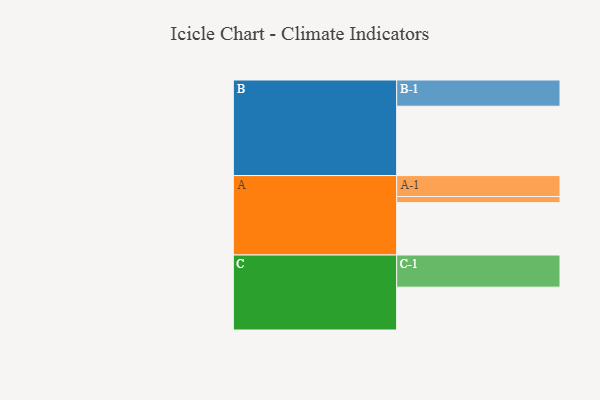
{"axis": {"x": "Segment", "y": "Value"}, "legend": ["", "A", "B", "C"], "data": [{"x": "A", "y": 425, "type": ""}, {"x": "B", "y": 563, "type": ""}, {"x": "C", "y": 348, "type": ""}, {"x": "A-1", "y": 170, "type": "A"}, {"x": "A-2", "y": 50, "type": "A"}, {"x": "B-1", "y": 213, "type": "B"}, {"x": "C-1", "y": 261, "type": "C"}]}